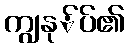
ကျွနု်ပ်၏